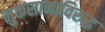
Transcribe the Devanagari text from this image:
नुकसानाविरुद्ध